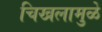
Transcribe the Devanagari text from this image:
चिखलामुळे